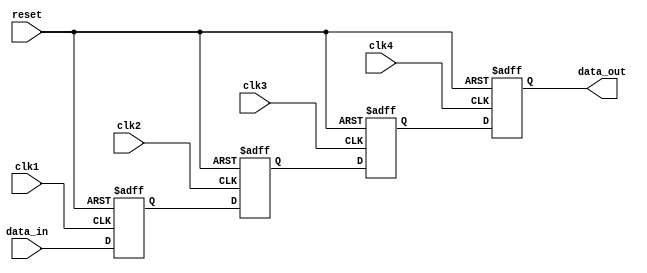
module bypass_reg (
    input wire clk1,
    input wire clk2,
    input wire clk3,
    input wire clk4,
    input wire reset,
    input wire [31:0] data_in,
    output wire [31:0] data_out
);

reg [31:0] reg1, reg2, reg3, reg4;

always @(posedge clk1 or negedge reset) begin
    if (!reset)
        reg1 <= 32'h0;
    else
        reg1 <= data_in;
end

always @(posedge clk2 or negedge reset) begin
    if (!reset)
        reg2 <= 32'h0;
    else
        reg2 <= reg1;
end

always @(posedge clk3 or negedge reset) begin
    if (!reset)
        reg3 <= 32'h0;
    else
        reg3 <= reg2;
end

always @(posedge clk4 or negedge reset) begin
    if (!reset)
        reg4 <= 32'h0;
    else
        reg4 <= reg3;
end

assign data_out = reg4;

endmodule